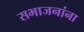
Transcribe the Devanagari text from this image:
सभाजनांना